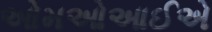
ઓમઓઆઈએ